Papers set at the Examination for Leaving Certificates, 1890
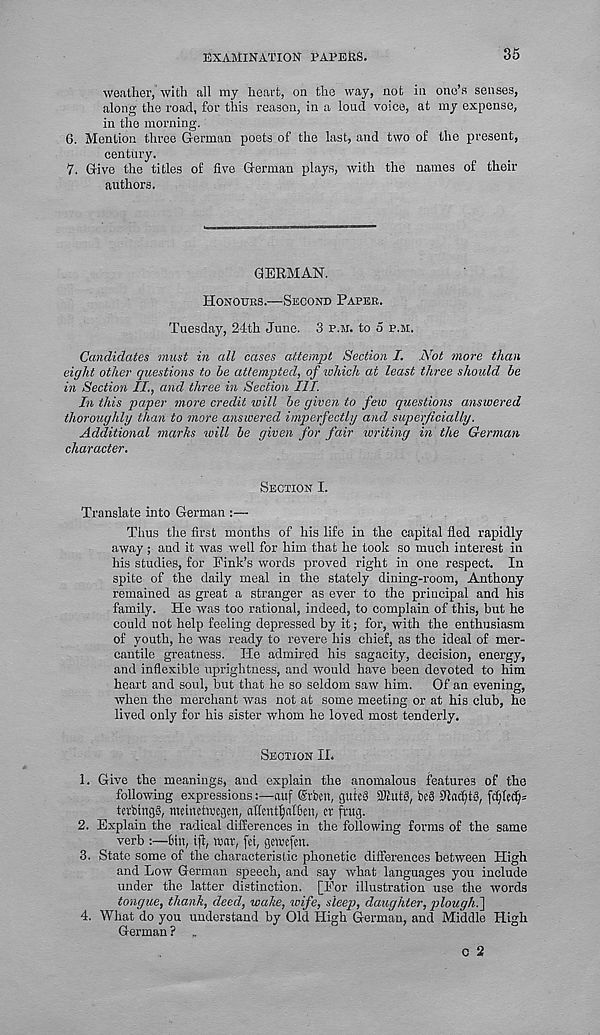
EXAMINATION PATERS.
35
weather, with all my heart, on the way, not in one’s senses,
along the road, for this reason, in a loud voice, at my expense,
in the morning.
6. Mention three German poets of the last, and two of the present,
century.
7. Give the titles of five German plays, with the names of their
authors.
GERMAN.
Honours.—Second Paper.
Tuesday, 24-th June. 3 p.m. to 5 p.m.
Candidates must in all cases attempt Section I. Not more than
eight other questions to be attempted, of which at least three should be
in Section II., and three in Section III.
In this paper more credit will be given to feiv questions answered
thoroughly than to more ansioered imperfectly and superficially.
Additional marks will be given for fair writing in the German
character.
Section I.
Translate into German :—
Thus the first months of his life in the capital fled rapidly
away; and it was well for him that he took so much interest in
his studies, for Pink’s words proved right in one respect. In
spite of the daily meal in the stately dining-room, Anthony
remained as great a stranger as ever to the principal and his
family. He was too rational, indeed, to complain of this, but he
could not help feeling depressed by it; for, with the enthusiasm
of youth, he was ready to revere his chief, as the ideal of mer-
cantile greatness. He admired his sagacity, decision, energy,
and inflexible uprightness, and would have been devoted to him
heart and soul, but that he so seldom saw him. Of an evening,
when the merchant was not at some meeting or at his club, he
lived only for his sister whom he loved most tenderly.
Section II.
1. Give the meanings, and explain the anomalous features of the
following expressions :—nuf ©then, guteS 31iut8, be§ fflac^tS, fd)lec()=
terbingS, mehwtwegen, aflent^alBen, ct frug.
2. Explain the radical differences in the following forms of the same
verb :—fin, iji, war, fet, gewefen.
3. State some of the characteristic phonetic differences between High
and Low German speech, and say what languages you include
under the latter distinction. [For illustration use the words
tongue, thank, deed, wake, icife, sleep, daughter, ploughi]
4. What do you understand by Old High German, and Middle High
German ? „
0 2